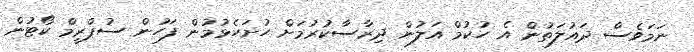
ނަމަވެސް ދައުލަތުން އެ ހުކުމް އަލުން ދިރާސާކުރުމަށް ހުށަހެޅުމުން ފަހުން ސުޕްރީމް ކޯޓުން